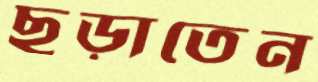
ছড়াতেন